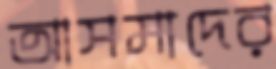
আসমাদের